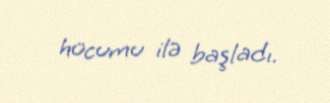
hücumu ilə başladı.